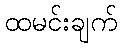
ထမင်းချက်